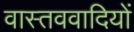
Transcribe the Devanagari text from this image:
वास्तववादियों